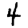
Digit: 4